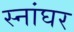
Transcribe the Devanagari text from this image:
स्नांघर